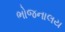
ભોજનાલય